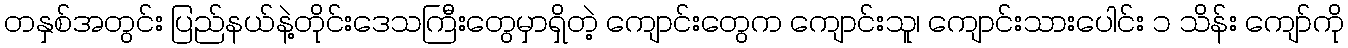
တနှစ်အတွင်း ပြည်နယ်နဲ့တိုင်းဒေသကြီးတွေမှာရှိတဲ့ ကျောင်းတွေက ကျောင်းသူ၊ ကျောင်းသားပေါင်း ၁ သိန်း ကျော်ကို